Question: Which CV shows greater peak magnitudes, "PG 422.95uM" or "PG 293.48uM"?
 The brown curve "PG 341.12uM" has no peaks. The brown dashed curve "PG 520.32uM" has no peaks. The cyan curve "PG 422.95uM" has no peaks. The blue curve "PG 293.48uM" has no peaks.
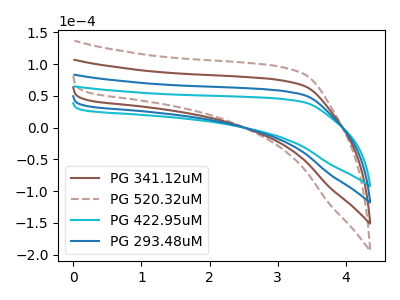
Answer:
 <answer>Niether CV has any peaks.</answer>
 <eval>blanks</eval>